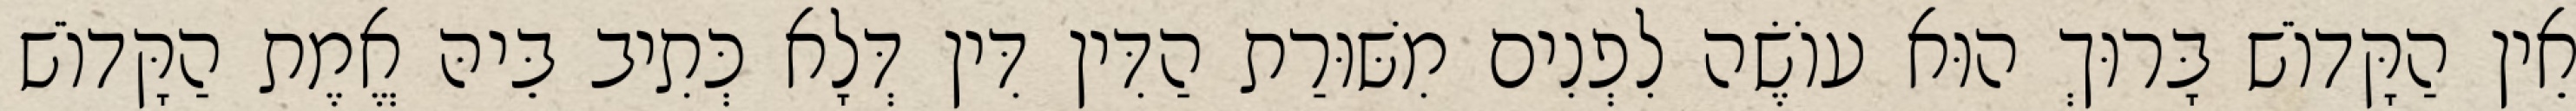
אֵין הַקָּדוֹשׁ בָּרוּךְ הוּא עוֹשֶׂה לִפְנִים מִשּׁוּרַת הַדִּין דִּין דְּלָא כְּתִיב בֵּיהּ אֱמֶת הַקָּדוֹשׁ